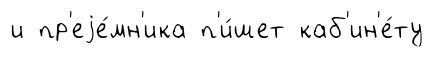
и пр'еjе́мн'ика п'и́шет каб'ин'е́ту